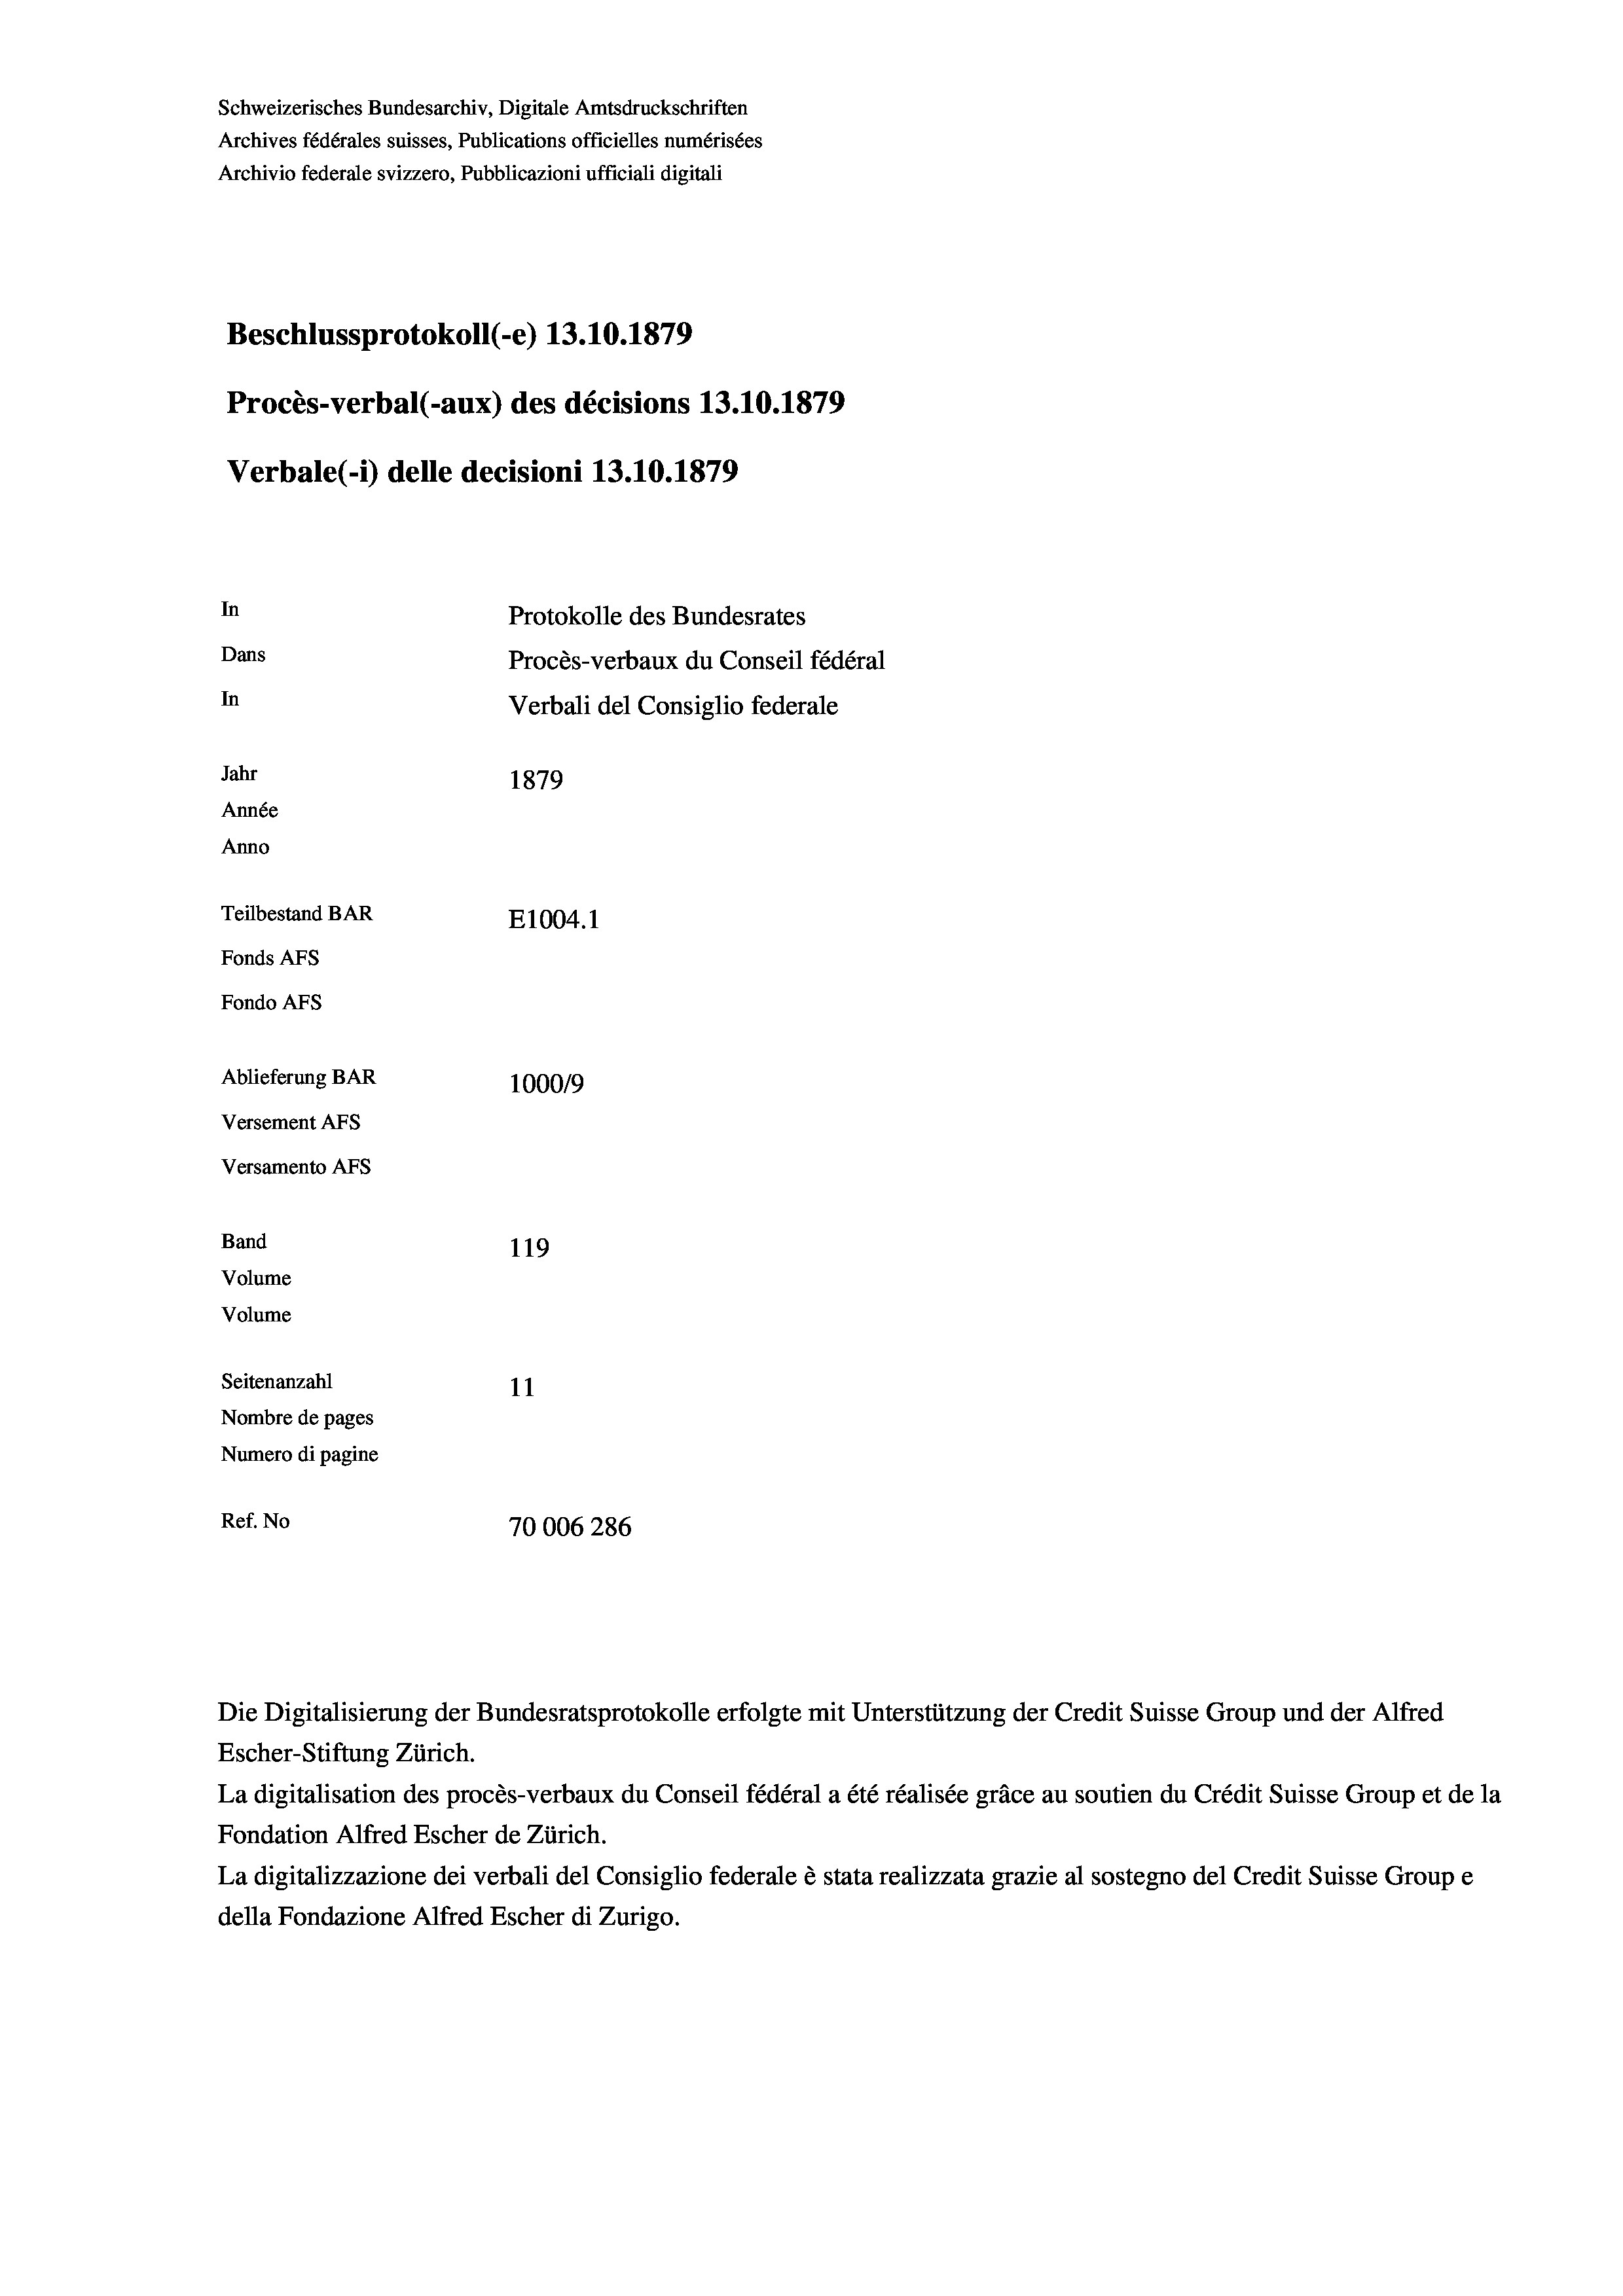
Schweizerisches Bundesarchiv, Digitale Amtsdruckschriften
Archives fédérales suisses, Publications officielles numérisées
Archivio federale svizzero, Pubblicazioni ufficiali digitali
Beschlussprotokoll (-e) 13.10.1879
Procès-verbal (-aux) des décisions 13.10.1879
Verbale (i) delle decisioni 13.10.1879
In
Protokolle des Bundesrates
Dans
Procès-verbaux du Conseil fédéral
In
Verbali del Consiglio federale
Jahr
1879
Année
Anno
Teilbestand BAR
E1004. 1
Fonds AFs
Fondo AFs
Ablieferung BAR
100019
Versement AFS
Versamento Afs
Band
119
Volume
Volume
Seitenanzahl
11
Nombre de pages
Numero di pagine
Ref. No
70006286

Die Digitalisierung der Bundesratsprotokolle erfolgte mit Unterstützung der Credit Suisse Group und der Alfred
Escher-Stiftung Zürich.
La digitalisation des procès-verbaux du Conseil fédéral a été réalisée gräce au soutien du Crédit Suisse Group et de la
Fondation Alfred Escher de Zürich.
La digitalizzazione dei verbali del Consiglio federale è stata realizzata grazie al sostegno del Credit Suisse Groupe
della Fondazione Alfred Escher di Zurigo.